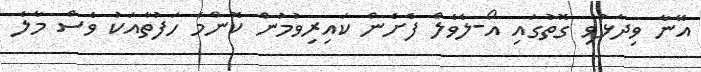
އޭނާ ވިދާޅުވި ގޮތުގައި އޯ-ލެވެލް ފެށެން ކައިރިވުމުން ކޮންމެ ހަފުތާއަކު ވެސް މާލެ